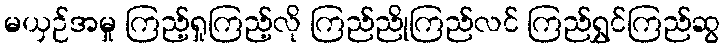
မယှဉ်အမှု ကြည့်ရှုကြည့်လို ကြည်ညိုကြည်လင် ကြည်ရွှင်ကြည်ဆွ